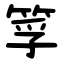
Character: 筟